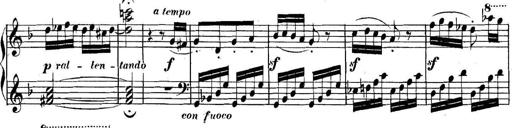
Title: Collected Piano Sonatas
Composer: Muzio Clementi